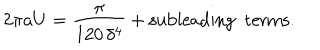
2 \pi a U = \frac { \pi } { 1 2 0 \, \delta ^ { 4 } } + \mathrm { s u b l e a d i n g ~ ~ t e r m s } .